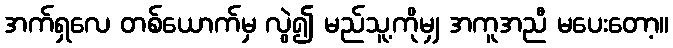
အက်ရှလေ တစ်ယောက်မှ လွဲ၍ မည်သူ့ကိုမျှ အကူအညီ မပေးတော့။